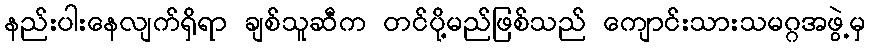
နည်းပါးနေလျက်ရှိရာ ချစ်သူဆီက တင်ပို့မည်ဖြစ်သည် ကျောင်းသားသမဂ္ဂအဖွဲ့မှ